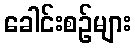
ခေါင်းစဉ်များ